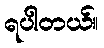
ရပါတယ်။